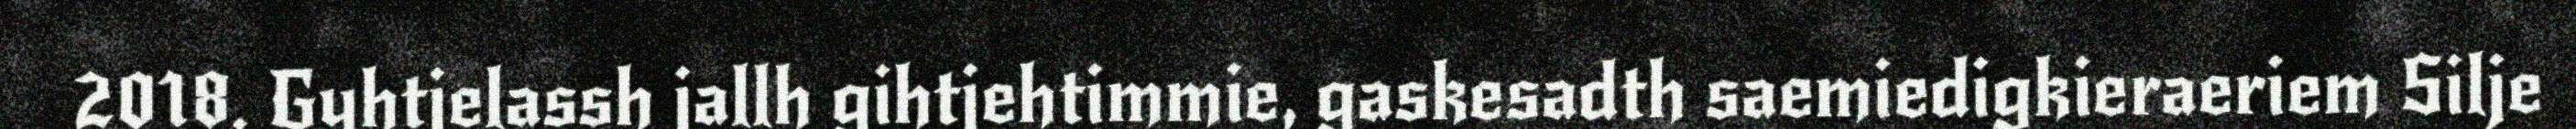
2018. Gyhtjelassh jallh gihtjehtimmie, gaskesadth saemiedigkieraeriem Silje